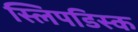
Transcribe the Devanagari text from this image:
स्लिपडिस्क